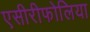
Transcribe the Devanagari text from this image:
एसीरीफोलिया